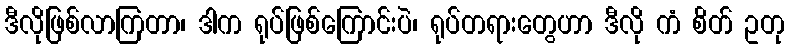
ဒီလိုဖြစ်လာကြတာ၊ ဒါက ရုပ်ဖြစ်ကြောင်းပဲ၊ ရုပ်တရားတွေဟာ ဒီလို ကံ စိတ် ဥတု